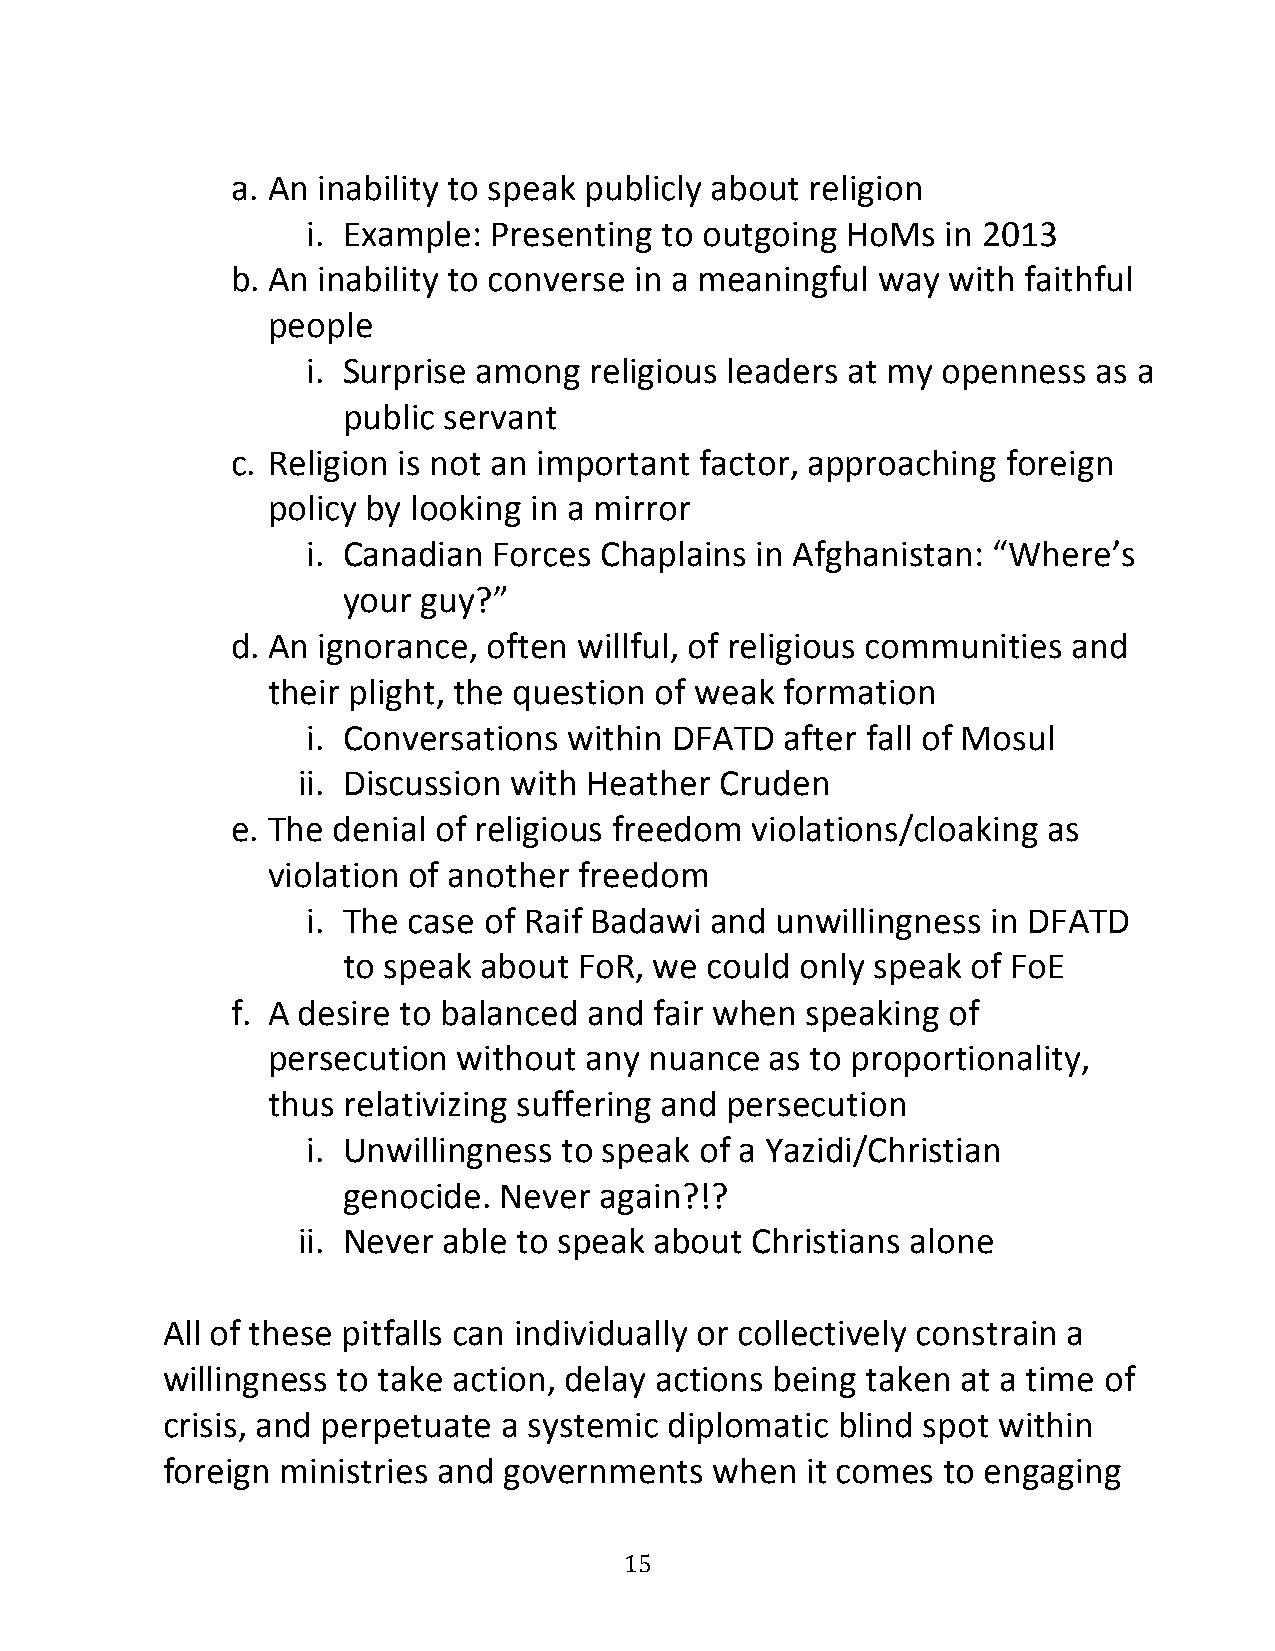
a. An inability to speak publicly about religion
 i. Example:  Presenting to outgoing HoMs   in 2013
 b. An inability to converse in a meaningful way with faithful
 people
 i. Surprise among  religious leaders at my openness  as a
 public servant
 c. Religion is not an important factor, approaching foreign
 policy by looking in a mirror
 i. Canadian  Forces Chaplains in Afghanistan: “Where’s
 your guy?”
 d. An ignorance, often willful, of religious communities and
 their plight, the question of weak formation
 i. Conversations  within DFATD  after fall of Mosul
 ii. Discussion with Heather Cruden
 e. The denial of religious freedom violations/cloaking as
 violation of another freedom
 i. The case of Raif Badawi and unwillingness  in DFATD
 to speak about FoR, we  could only speak of FoE
 f. A desire to balanced and fair when speaking  of
 persecution without  any nuance  as to proportionality,
 thus relativizing suffering and persecution
 i. Unwillingness to speak of a Yazidi/Christian
 genocide. Never  again?!?
 ii. Never able to speak about Christians alone
 All of these pitfalls can individually or collectively constrain a
 willingness to take action, delay actions being taken at a time of
 crisis, and perpetuate a systemic diplomatic blind spot within
 foreign ministries and governments  when  it comes to engaging
 15